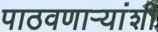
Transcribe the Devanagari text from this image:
पाठवणाऱ्यांशी